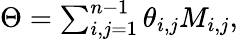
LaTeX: \begin{array}{r}{\Theta=\sum_{i,j=1}^{n-1}\theta_{i,j}M_{i,j},}\end{array}